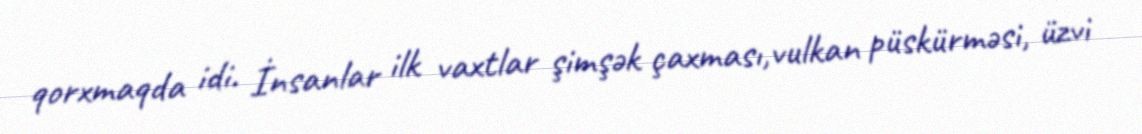
qorxmaqda idi. İnsanlar ilk vaxtlar şimşək çaxması,vulkan püskürməsi, üzvi